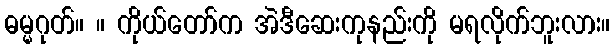
ဓမ္မဂုတ်။ ။ ကိုယ်တော်က အဲဒီဆေးကုနည်းကို မရလိုက်ဘူးလား။